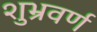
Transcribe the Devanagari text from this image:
शुभ्रवर्ण